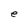
Character: r